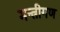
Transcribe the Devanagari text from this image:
मन्त्रीगण